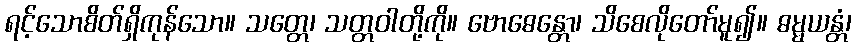
ရင့်သောစိတ်ရှိကုန်သော။ သတ္တေ၊ သတ္တဝါတို့ကို။ ဗောဓေန္တော၊ သိစေလိုတော်မူ၍။ ဓမ္မယန္တံ၊